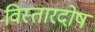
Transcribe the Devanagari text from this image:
विस्तारदोष